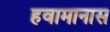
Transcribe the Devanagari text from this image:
हवामानास